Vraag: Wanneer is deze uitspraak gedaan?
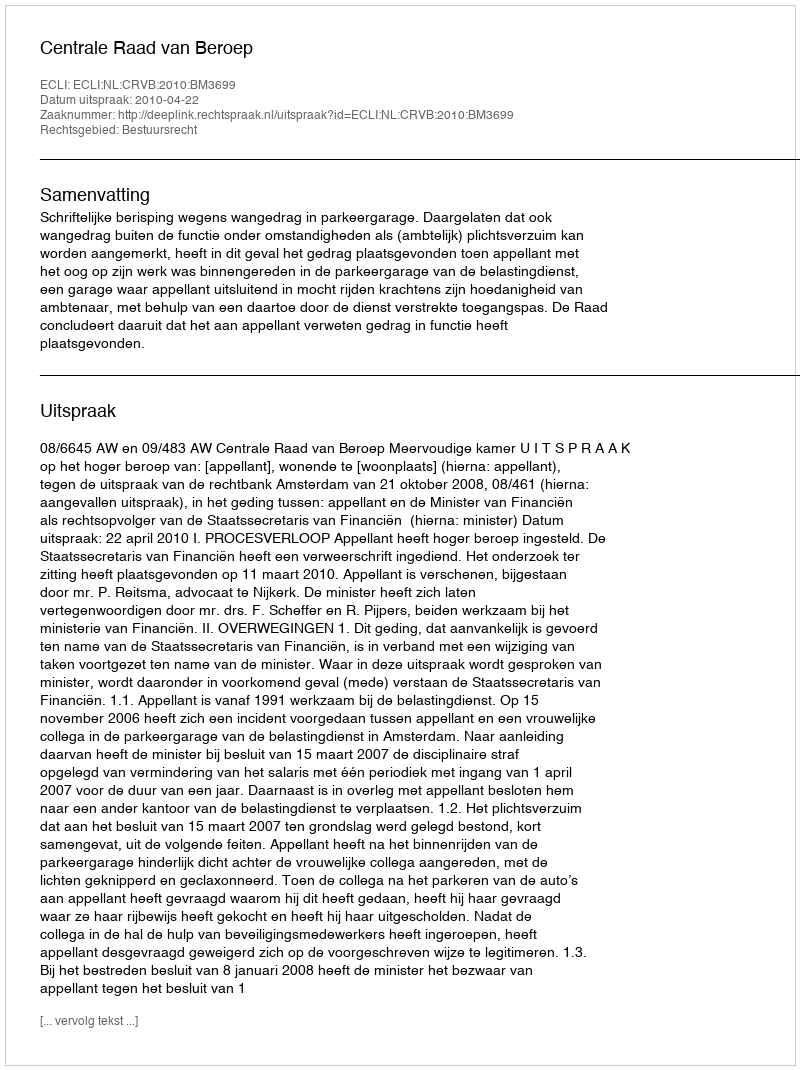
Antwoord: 2010-04-22